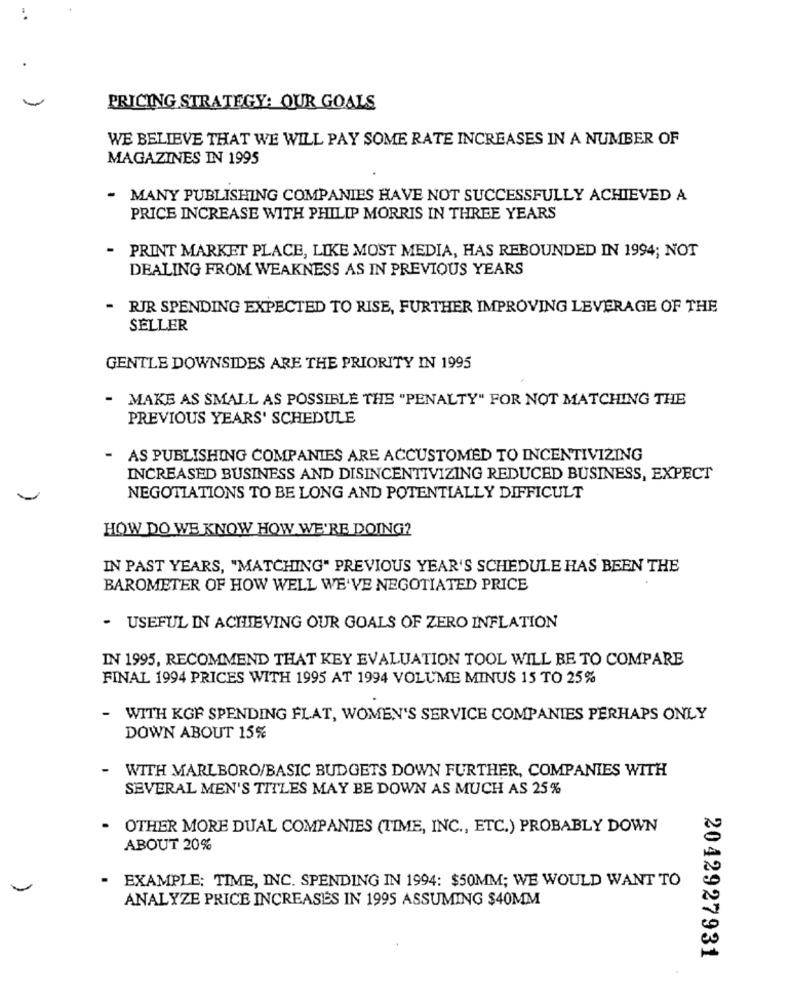
PRICING STRATEGY: OUR GOALS
WE BELIEVE THAT WE WILL PAY SOME RATE INCREASES IN A NUMBER OF
MAGAZINES IN 1995
- MANY PUBLISHING COMPANIES HAVE NOT SUCCESSFULLY ACHIEVED A
PRICE INCREASE WITH PHILIP MORRIS IN THREE YEARS
- PRINT MARKET PLACE, LIKE MOST MEDIA, HAS REBOUNDED IN 1994; NOT
DEALING FROM WEAKNESS AS IN PREVIOUS YEARS
- RIR SPENDING EXPECTED TO RISE, FURTHER IMPROVING LEVERAGE OF THE
SELLER
GENTLE DOWNSIDES ARE THE PRIORITY IN 1995
- MAKE AS SMALL AS POSSIBLE THE "PENALTY" FOR NOT MATCHING THE
PREVIOUS YEARS' SCHEDULE
AS PUBLISHING COMPANIES ARE ACCUSTOMED TO INCENTIVIZING
INCREASED BUSINESS AND DISINCENTIVIZING REDUCED BUSINESS, EXPECT
NEGOTIATIONS TO BE LONG AND POTENTIALLY DIFFICULT
HOW DO WE KNOW HOW WE'RE DOING?
IN PAST YEARS, "MATCHING" PREVIOUS YEAR'S SCHEDULE HAS BEEN THE
BAROMETER OF HOW WELL WE'VE NEGOTIATED PRICE
- USEFUL IN ACHIEVING OUR GOALS OF ZERO INFLATION
IN 1995, RECOMMEND THAT KEY EVALUATION TOOL WILL BE TO COMPARE
FINAL 1994 PRICES WITH 1995 AT 1994 VOLUME MINUS 15 TO 25%
-
WITH KGF SPENDING FLAT, WOMEN'S SERVICE COMPANIES PERHAPS ONLY
DOWN ABOUT 15%
WITH MARLBORO/BASIC BUDGETS DOWN FURTHER, COMPANIES WITH
SEVERAL MEN'S TITLES MAY BE DOWN AS MUCH AS 25%
OTHER MORE DUAL COMPANIES (TIME, INC ., ETC.) PROBABLY DOWN
ABOUT 20%
EXAMPLE; TIME, INC. SPENDING IN 1994: $50MM; WE WOULD WANT TO
.
ANALYZE PRICE INCREASES IN 1995 ASSUMING $40MM
2042927931